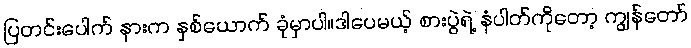
ပြတင်းပေါက် နားက နှစ်ယောက် ခုံမှာပါ။ဒါပေမယ့် စားပွဲရဲ့ နံပါတ်ကိုတော့ ကျွန်တော်